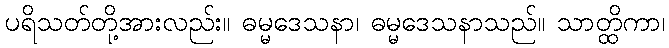
ပရိသတ်တို့အားလည်း။ ဓမ္မဒေသနာ၊ ဓမ္မဒေသနာသည်။ သာတ္ထိကာ၊